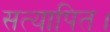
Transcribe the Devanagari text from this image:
सत्यापित।